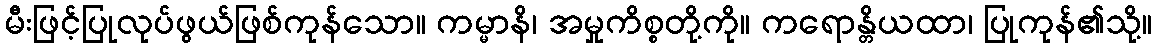
မီးဖြင့်ပြုလုပ်ဖွယ်ဖြစ်ကုန်သော။ ကမ္မာနိ၊ အမှုကိစ္စတို့ကို။ ကရောန္တိယထာ၊ ပြုကုန်၏သို့။